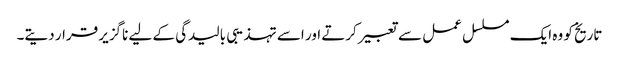
تاریخ کو وہ ایک مسلسل عمل سے تعبیر کرتے اور اسے تہذیبی بالیدگی کے لیے ناگزیر قرار دیتے۔